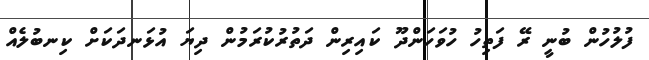
ފުލުހުން ބުނީ ރޭ ފަތިހު ހުވަހަންދޫ ކައިރިން ދަތުރުކުރަމުން ދިޔަ އުޅަނދަކަށް ކިނބުލެއް